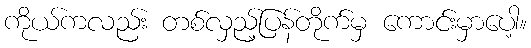
ကိုယ်ကလည်း တစ်လှည့်ပြန်တိုက်မှ ကောင်းမှာပေါ့။